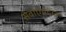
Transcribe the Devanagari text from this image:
सेवाएंप्रदान